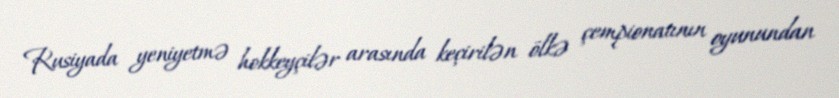
Rusiyada yeniyetmə hokkeyçilər arasında keçirilən ölkə çempionatının oyunundan